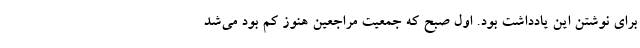
برای نوشتن این یادداشت بود. اول صبح که جمعیت مراجعین هنوز کم بود می‌شد